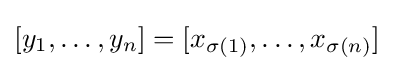
{\textstyle [y_{1},\ldots ,y_{n}]=[x_{\sigma (1)},\ldots ,x_{\sigma (n)}]}